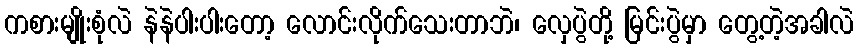
ကစားမျိုးစုံလဲ နဲနဲပါးပါးတော့ လောင်းလိုက်သေးတာဘဲ၊ လှေပွဲတို့ မြင်းပွဲမှာ တွေ့တဲ့အခါလဲ